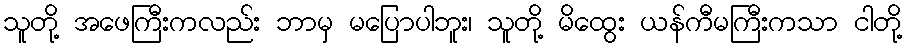
သူတို့ အဖေကြီးကလည်း ဘာမှ မပြောပါဘူး၊ သူတို့ မိထွေး ယန်ကီမကြီးကသာ ငါတို့